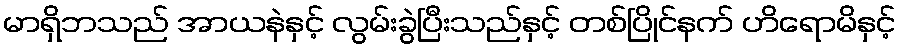
မာရှိဘသည် အာယနဲနှင့် လွမ်းခွဲပြီးသည်နှင့် တစ်ပြိုင်နက် ဟိရောမိနှင့်